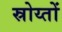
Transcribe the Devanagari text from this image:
स्रोय्तों